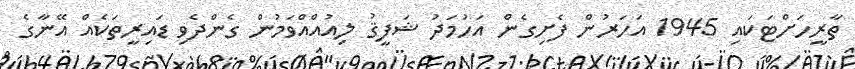
ތާރީހަށްޓަކައި 1945 އަހަރުން ފެށިގެން އަހުމަދު ޝަފީޤު ލިއުއްއްވަމުން ގެންދެވި ޑައިރީތަކެއް އޭނާގެ